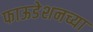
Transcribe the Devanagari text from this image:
फाऊडेशनच्या